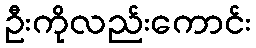
ဦးကိုလည်းကောင်း